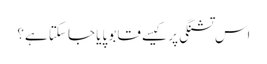
اس تشنگی پر کیسے قابو پایا جا سکتا ہے؟